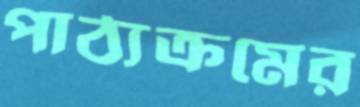
পাঠ্যক্রমের